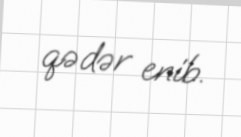
qədər enib.